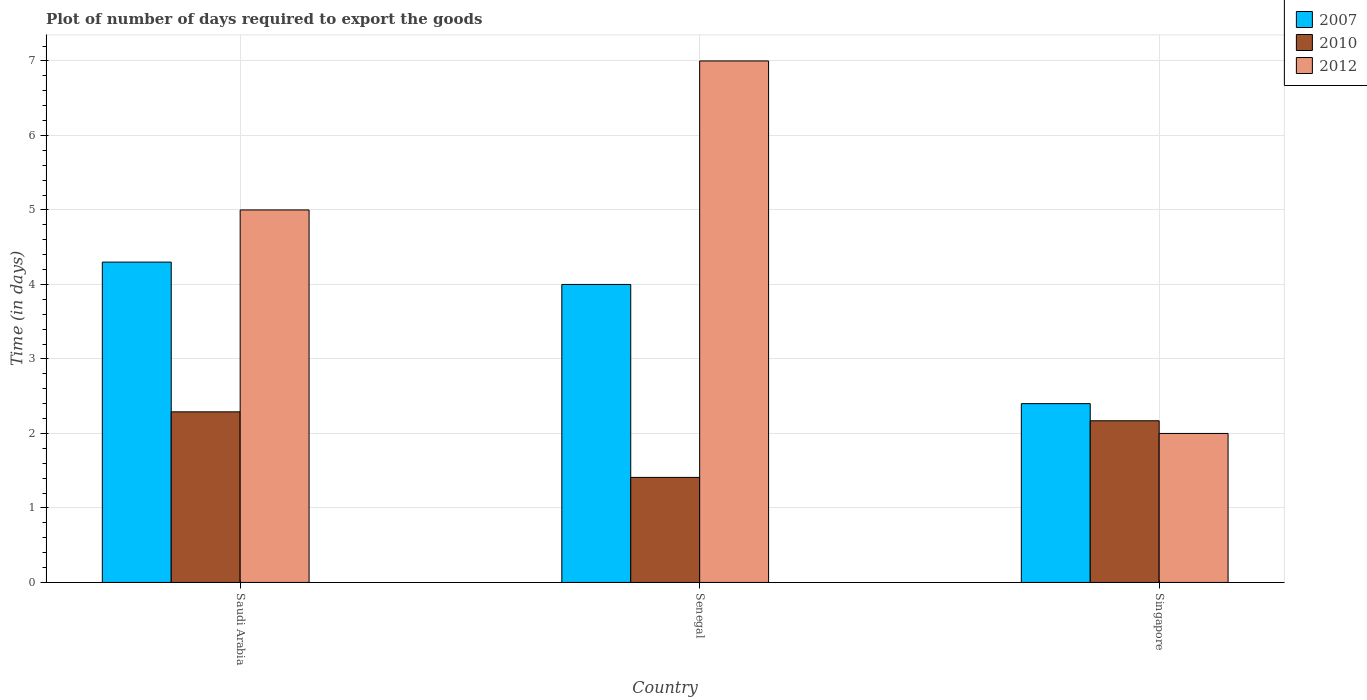
| Country | 2007 | 2010 | 2012 |
 | --- | --- | --- | --- |
 | Saudi Arabia | 4.3 | 2.29 | 5 |
 | Senegal | 4 | 1.41 | 7 |
 | Singapore | 2.4 | 2.17 | 2 |